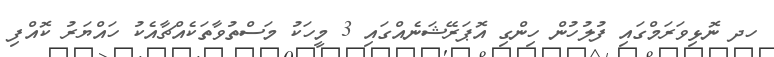
ހދ ނޮޅިވަރަމްގައި ފުލުހުން ހިންގި އޮޕަރޭޝަނެއްގައި 3 މީހަކު މަސްތުވާތަކެއްޗާއެކު ހައްޔަރު ކޮއްފި